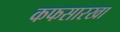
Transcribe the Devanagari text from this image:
कफसारखा